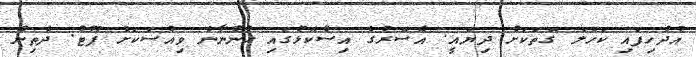
އުދުހިފައި ކަހަލަ ގޮތަކަށް ދިޔައީ. އެސޮރުގެ އިސްކޮޅުގައި ހުންނާނެ ވިއްސަކަށް ފޫޓު. ދެތިން